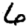
Digit: 6